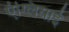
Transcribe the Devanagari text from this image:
एंग्लियाई